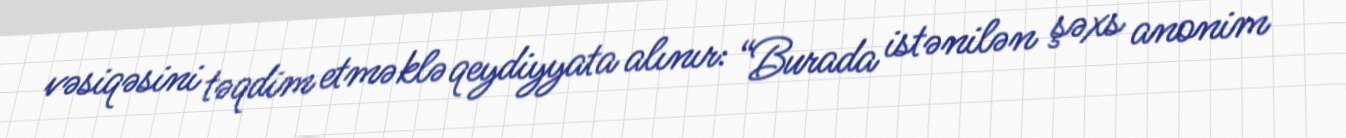
vəsiqəsini təqdim etməklə qeydiyyata alınır: “Burada istənilən şəxs anonim